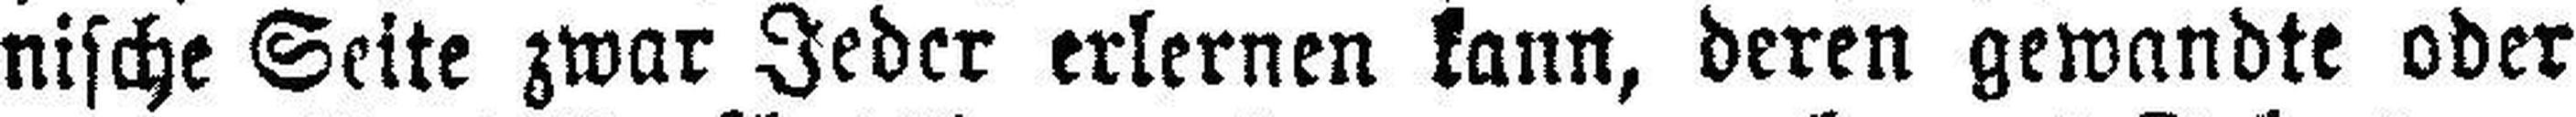
nische Seite zwar Jeder erlernen kann, deren gewandte oder